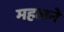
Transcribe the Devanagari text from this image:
महलने